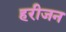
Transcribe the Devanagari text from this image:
हरीजन